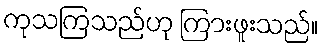
ကုသကြသည်ဟု ကြားဖူးသည်။